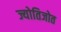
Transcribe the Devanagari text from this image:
ज्योतिजोत